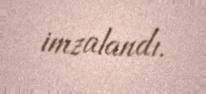
imzalandı.